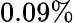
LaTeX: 0.09\%